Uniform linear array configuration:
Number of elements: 64
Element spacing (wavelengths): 0.25
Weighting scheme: blackman
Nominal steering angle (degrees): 30
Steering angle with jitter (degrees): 29.171
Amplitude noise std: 0.05
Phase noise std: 0.05

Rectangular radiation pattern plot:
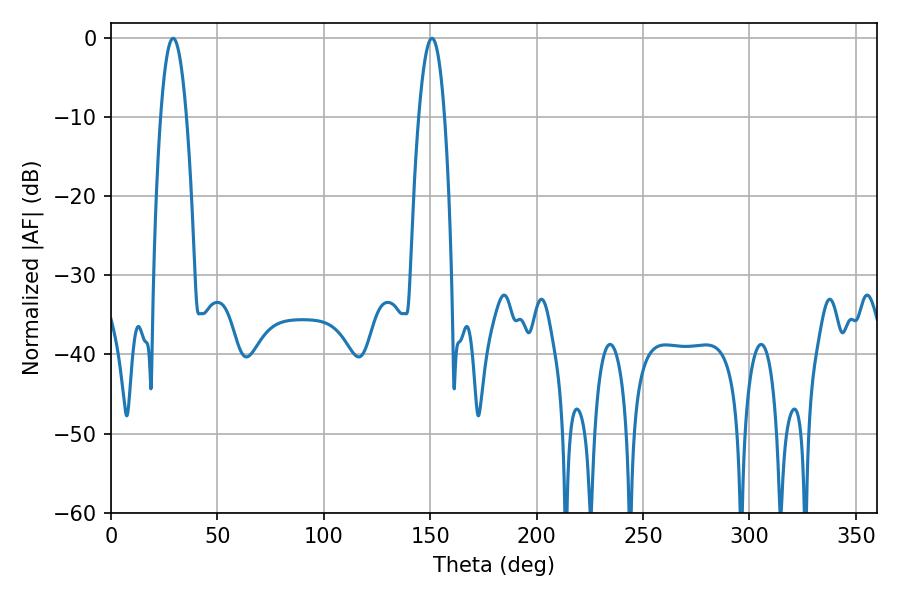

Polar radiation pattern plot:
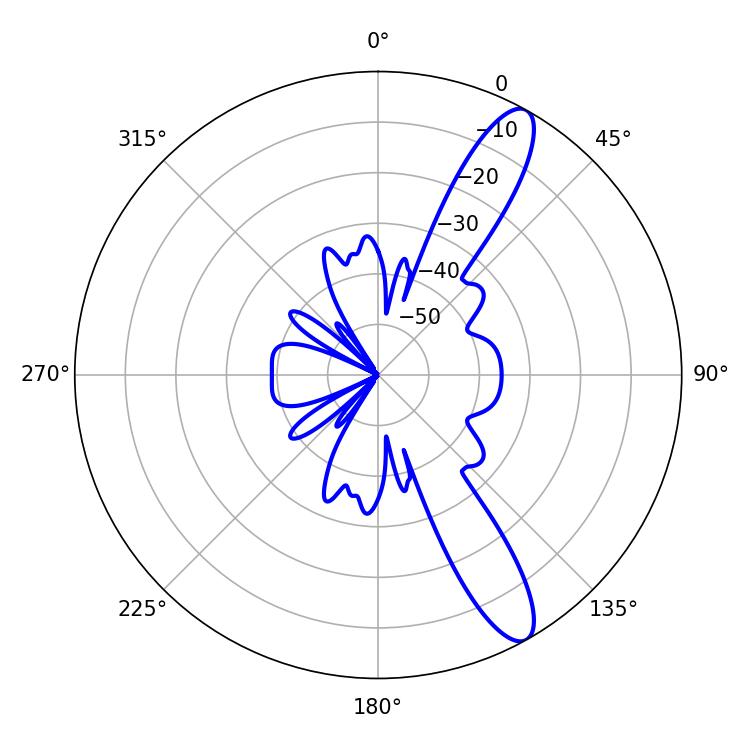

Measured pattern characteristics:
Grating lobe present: FALSE
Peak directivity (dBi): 12.109
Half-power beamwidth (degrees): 6.66
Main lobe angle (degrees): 29.16